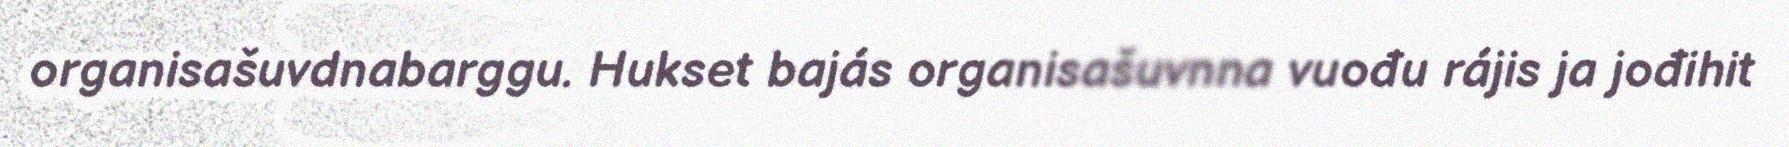
organisašuvdnabarggu. Hukset bajás organisašuvnna vuođu rájis ja jođihit